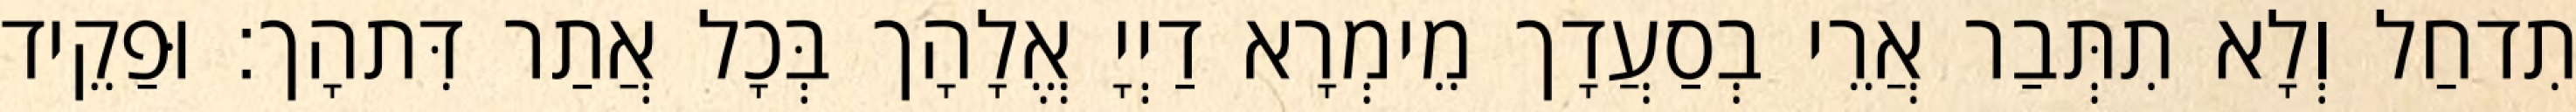
תִדחַל וְלָא תִתְּבַר אֲרֵי בְסַעֲדָך מֵימְרָא דַיְיָ אֱלָהָך בְּכָל אֲתַר דִּתהָך׃ וּפַקֵיד